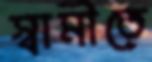
স্বামীতে